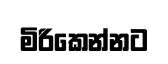
මිරිකෙන්නට